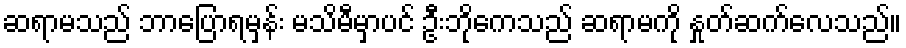
ဆရာမသည် ဘာပြောရမှန်း မသိမီမှာပင် ဦးဘိုကေသည် ဆရာမကို နှုတ်ဆက်လေသည်။